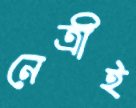
নেত্রীই